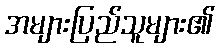
အများပြည်သူများ၏